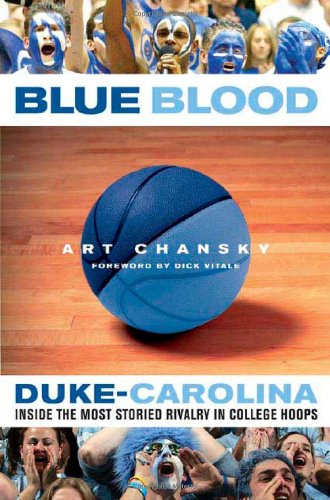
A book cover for Blue Blood: Duke-Carolina: Inside the Most Storied Rivalry in College Hoops; Sports & Outdoors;